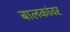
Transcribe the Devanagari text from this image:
बालकांवर